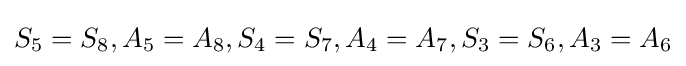
S_{5}=S_{8},A_{5}=A_{8},S_{4}=S_{7},A_{4}=A_{7},S_{3}=S_{6},A_{3}=A_{6}